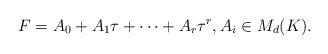
LaTeX: \begin{align*} F = A_0 + A_1 \tau + \cdots + A_r \tau^r, A_i \in M_d(K).\end{align*}